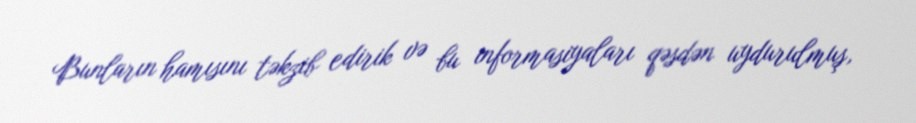
Bunların hamısını təkzib edirik və bu informasiyaları qəsdən uydurulmuş,